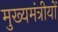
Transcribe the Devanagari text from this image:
मुख्यमंत्रीयों